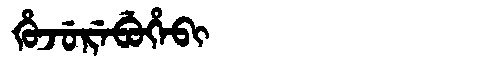
Manchu: ᡥᡠᠵᡠᡵᡝᠪᡠᡥᡝᠪᡳ
Romanization: HUJUREBUHEBI